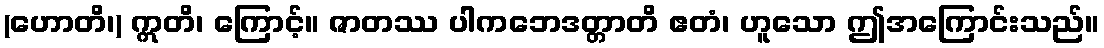
(ဟောတိ၊) ဣတိ၊ ကြောင့်။ ဇာတဿ ပါကဘေဒတ္တာတိ ဧတံ၊ ဟူသော ဤအကြောင်းသည်။